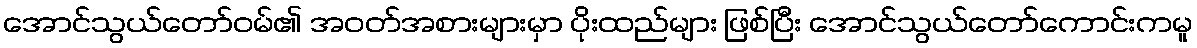
အောင်သွယ်တော်ဝမ်၏ အဝတ်အစားများမှာ ပိုးထည်များ ဖြစ်ပြီး အောင်သွယ်တော်ကောင်းကမူ